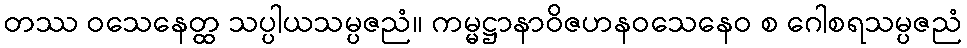
တဿ ဝသေနေတ္ထ သပ္ပါယသမ္ပဇညံ။ ကမ္မဋ္ဌာနာဝိဇဟနဝသေနေဝ စ ဂေါစရသမ္ပဇညံ